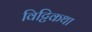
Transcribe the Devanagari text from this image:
विट्टिकथा